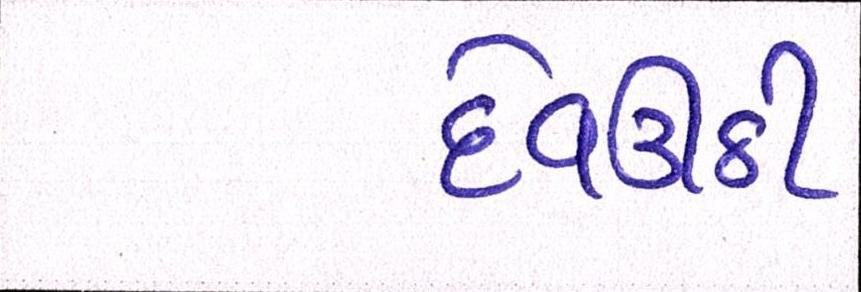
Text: દેવઉઠી